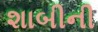
શાબીની